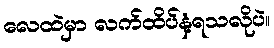
လေထဲမှာ လက်ထိပ်နံ့ရသလိုပဲ။